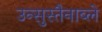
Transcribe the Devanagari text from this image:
उन्सुस्तैनाब्ले